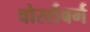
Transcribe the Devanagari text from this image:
वोरर्लबर्ग